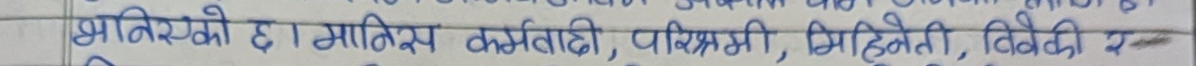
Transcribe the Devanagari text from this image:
भनिरहेको छ । मानिस कर्मवादी, परिश्रमी, मिहेनती, विवेकी र